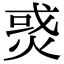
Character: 𤉹